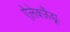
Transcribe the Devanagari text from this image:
ऐलेक्ज़ैंड्रा